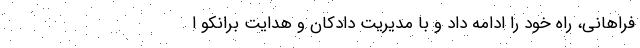
فراهانی، راه خود را ادامه داد و با مدیریت دادکان و هدایت برانکو ا